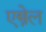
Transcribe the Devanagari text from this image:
एस्त्रेल